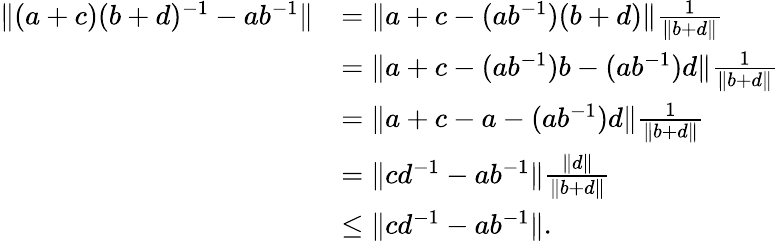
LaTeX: \begin{array}{rl}{\| (a+c)(b+d)^{-1}-ab^{-1}\| }&{=\| a+c-(ab^{-1})(b+d)\| \frac{1}{\| b+d\| }}\\ &{=\| a+c-(ab^{-1})b-(ab^{-1})d\| \frac{1}{\| b+d\| }}\\ &{=\| a+c-a-(ab^{-1})d\| \frac{1}{\| b+d\| }}\\ &{=\| cd^{-1}-ab^{-1}\| \frac{\| d\| }{\| b+d\| }}\\ &{\leq\| cd^{-1}-ab^{-1}\| .}\end{array}